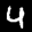
Label: 4